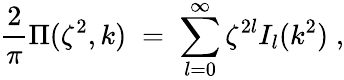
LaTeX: {\frac{2}{\pi}}\Pi(\zeta^{2},k)\; =\; \sum_{l=0}^{\infty}\zeta^{2l}I_{l}(k^{2})\; ,